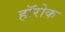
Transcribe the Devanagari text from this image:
हॉरोक